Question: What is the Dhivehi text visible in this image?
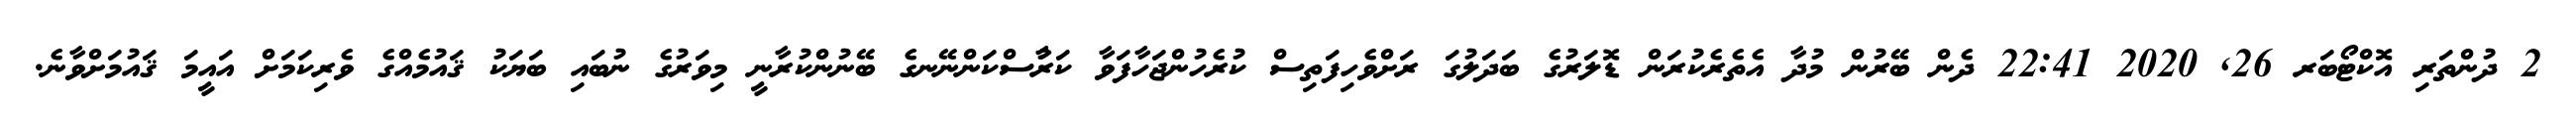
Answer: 2 ދުންތަރި އޮކްޓޯބަރ 26, 2020 22:41 ދެން ބޭރުން މުދާ އެތެރެކުރަން ޑޮލަރުގެ ބަދަލުގަ ރަށްވެހިފަތިސް ކުރެހުންޖަހާފަވާ ކަރުާސްކަންނޭނގެ ބޭނުންކުރާނީ މިވަރުގެ ނުބައި ބަޔަކު ޤައުމެއްގެ ވެރިކަމަށް އައީމަ ޤައުމަށްވާނެ.